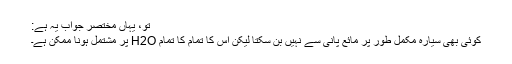
تو، یہاں مختصر جواب یہ ہے:
کوئی بھی سیارہ مکمل طور پر مائع پانی سے نہیں بن سکتا لیکن اس کا تمام کا تمام H2O پر مشتمل ہونا ممکن ہے۔